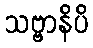
သဗ္ဗာနိပိ